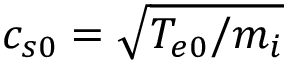
c _ { s 0 } = \sqrt { T _ { e 0 } / m _ { i } }